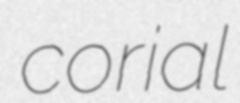
corial